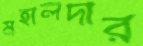
মহালদার